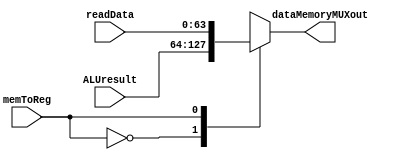
module DataMemoryMUX
(
	input [63:0] readData,
	input [63:0] ALUresult,
	input memToReg,
	output reg [63:0] dataMemoryMUXout
);

	always @(*) case (memToReg)
		0: dataMemoryMUXout = ALUresult;
		1: dataMemoryMUXout = readData;
		default: dataMemoryMUXout = ALUresult;
	endcase
endmodule